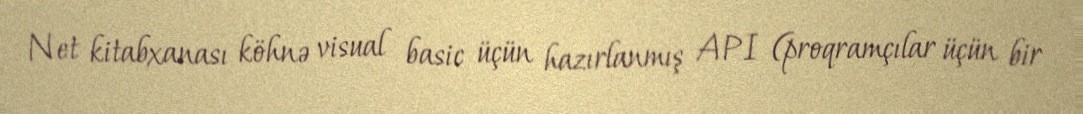
Net kitabxanası köhnə visual basic üçün hazırlanmış API (proqramçılar üçün bir